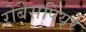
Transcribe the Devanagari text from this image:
रोबेसपियरे